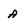
Character: A